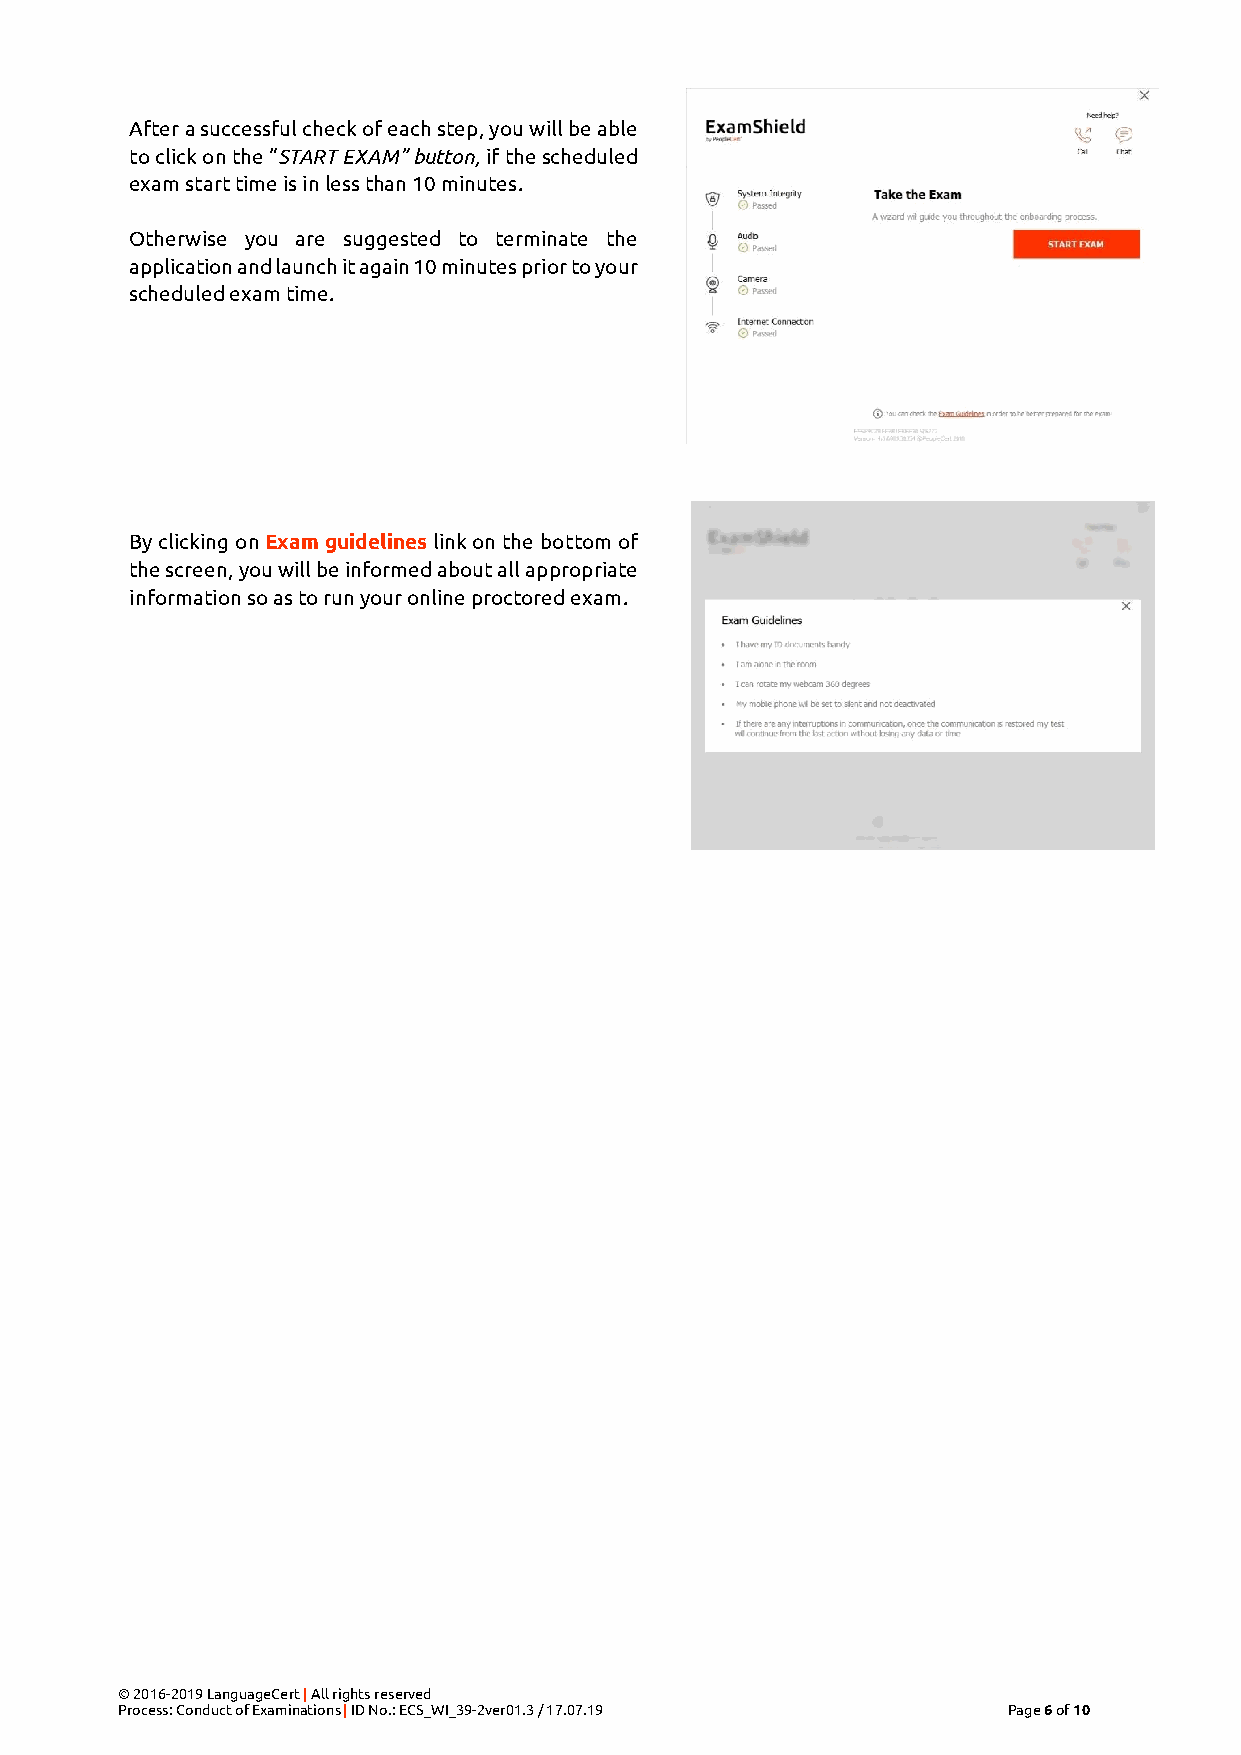
After a successful check of each step, you will be able
 to click on the “START EXAM” button, if the scheduled
 exam start time is in less than 10 minutes.
 Otherwise you are suggested to terminate the
 application and launch it again 10 minutes prior to your
 scheduled exam time.
 By clicking on Exam guidelines link on the bottom of
 the screen, you will be informed about all appropriate
 information so as to run your online proctored exam.
 © 2016-2019 LanguageCert | All rights reserved
 Process: Conduct of Examinations | ID No.: ECS_WI_39-2ver01.3 / 17.07.19 Page 6 of 10